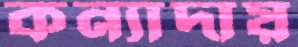
কন্যাদায়